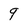
Character: 9